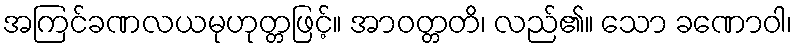
အကြင်ခဏလယမုဟုတ္တဖြင့်။ အာဝတ္တတိ၊ လည်၏။ သော ခဏောဝါ၊